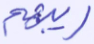
ريبهم